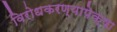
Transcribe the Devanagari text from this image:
विरोधकरण्यापेक्षा